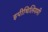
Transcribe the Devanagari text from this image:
इपीथिलियमी